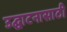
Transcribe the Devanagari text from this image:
उद्घाटनासाठी